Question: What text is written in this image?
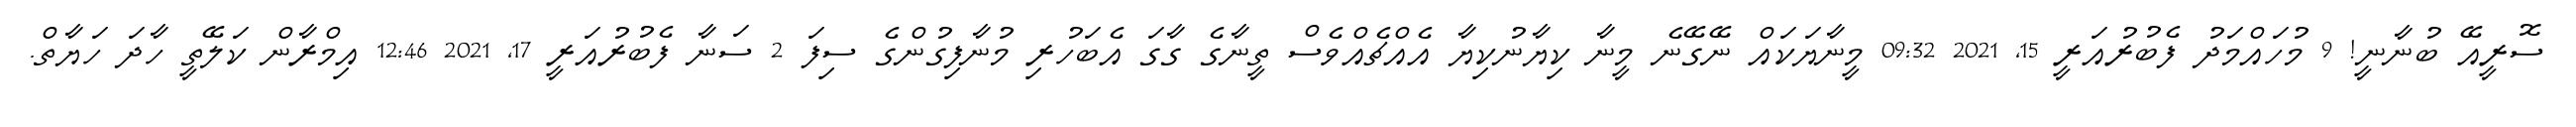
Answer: ސޮރީއޭ ބުނާނީ! 9 މުހައްމަދު ފެބުރުއަރީ 15, 2021 09:32 މީނާޔަކައް ނޭގޭނެ މީނާ ކިޔާނުކިޔާ އެއްޗެއްވެސް ތީނާގެ ގާގަ އެބަހުރި މުނާފިގުންގެ ސިފަ 2 ސަނާ ފެބުރުއަރީ 17, 2021 12:46 އިމްރާން ކަލޭތީ ހާދަ ހަޔާތް.